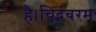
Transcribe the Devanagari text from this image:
है।चिदंबरम